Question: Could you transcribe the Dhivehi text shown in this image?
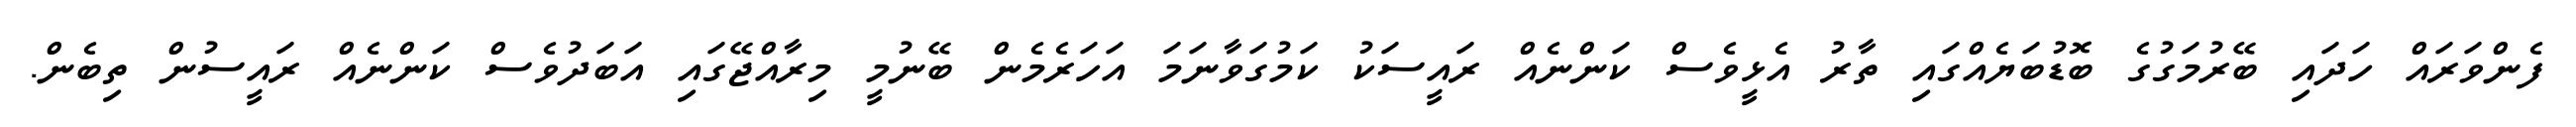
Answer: ފެންވަރައް ހަދައި ބޭރުމަގުގެ ބޮޑުބަޔެއްގައި ތާރު އެޅީވެސް ކަންނެއް ރައީސަކު ކަމުގަވާނަމަ އަހަރެމެން ބޭނުމީ މިރާއްޖޭގައި އަބަދުވެސް ކަންނެއް ރައީސުން ތިބެން.